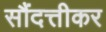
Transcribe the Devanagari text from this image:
सौंदत्तीकर